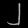
Digit: ၂